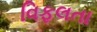
વિફલતા